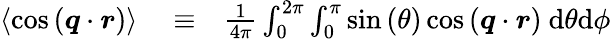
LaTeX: \begin{array}{rlr}{\left\langle\cos{(\boldsymbol{q}\cdot\boldsymbol{r})}\right\rangle}&{{}\equiv}&{\frac{1}{4\pi}\int_{0}^{2\pi}\int_{0}^{\pi}\sin{(\theta)}\cos{(\boldsymbol{q}\cdot\boldsymbol{r})}~\mathrm{d}\theta\mathrm{d}\phi}\end{array}